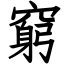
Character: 窮